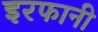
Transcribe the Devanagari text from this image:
इरफानी